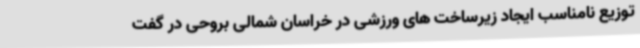
توزیع نامناسب ایجاد زیرساخت های ورزشی در خراسان شمالی بروحی در گفت